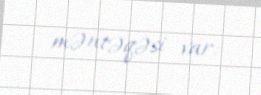
məntəqəsi var.